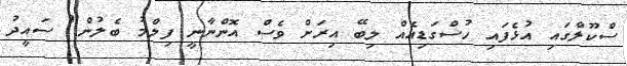
ސްކޫލްގައި އުޅެފައި ހުސްގަޑިއެއް ލިބޭ އިރަށް ވެސް އޮންނާނީ ފިލްމު ބެލުން" ސައީދު